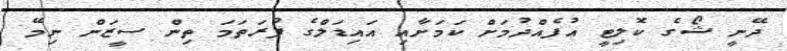
ދޭނީ ޝޯގެ ކޮލިޓީ އުފެއްދުމަށް ކަމަށާއި އައިޑަލްގެ ފުރަތަމަ ތިން ސީޒަން ނިމޭ